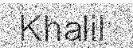
Khalil